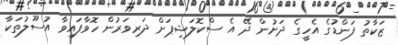
ޒަކާތު ފަންޑުގެ އެހީގެ ދަށުން ދޭ އެ ސްކޮލަޝިޕަށް ދަރިވަރުން ހޮވާފައިވާ އުސޫލުތަކާ